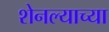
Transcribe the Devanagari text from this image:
शेनल्याच्या